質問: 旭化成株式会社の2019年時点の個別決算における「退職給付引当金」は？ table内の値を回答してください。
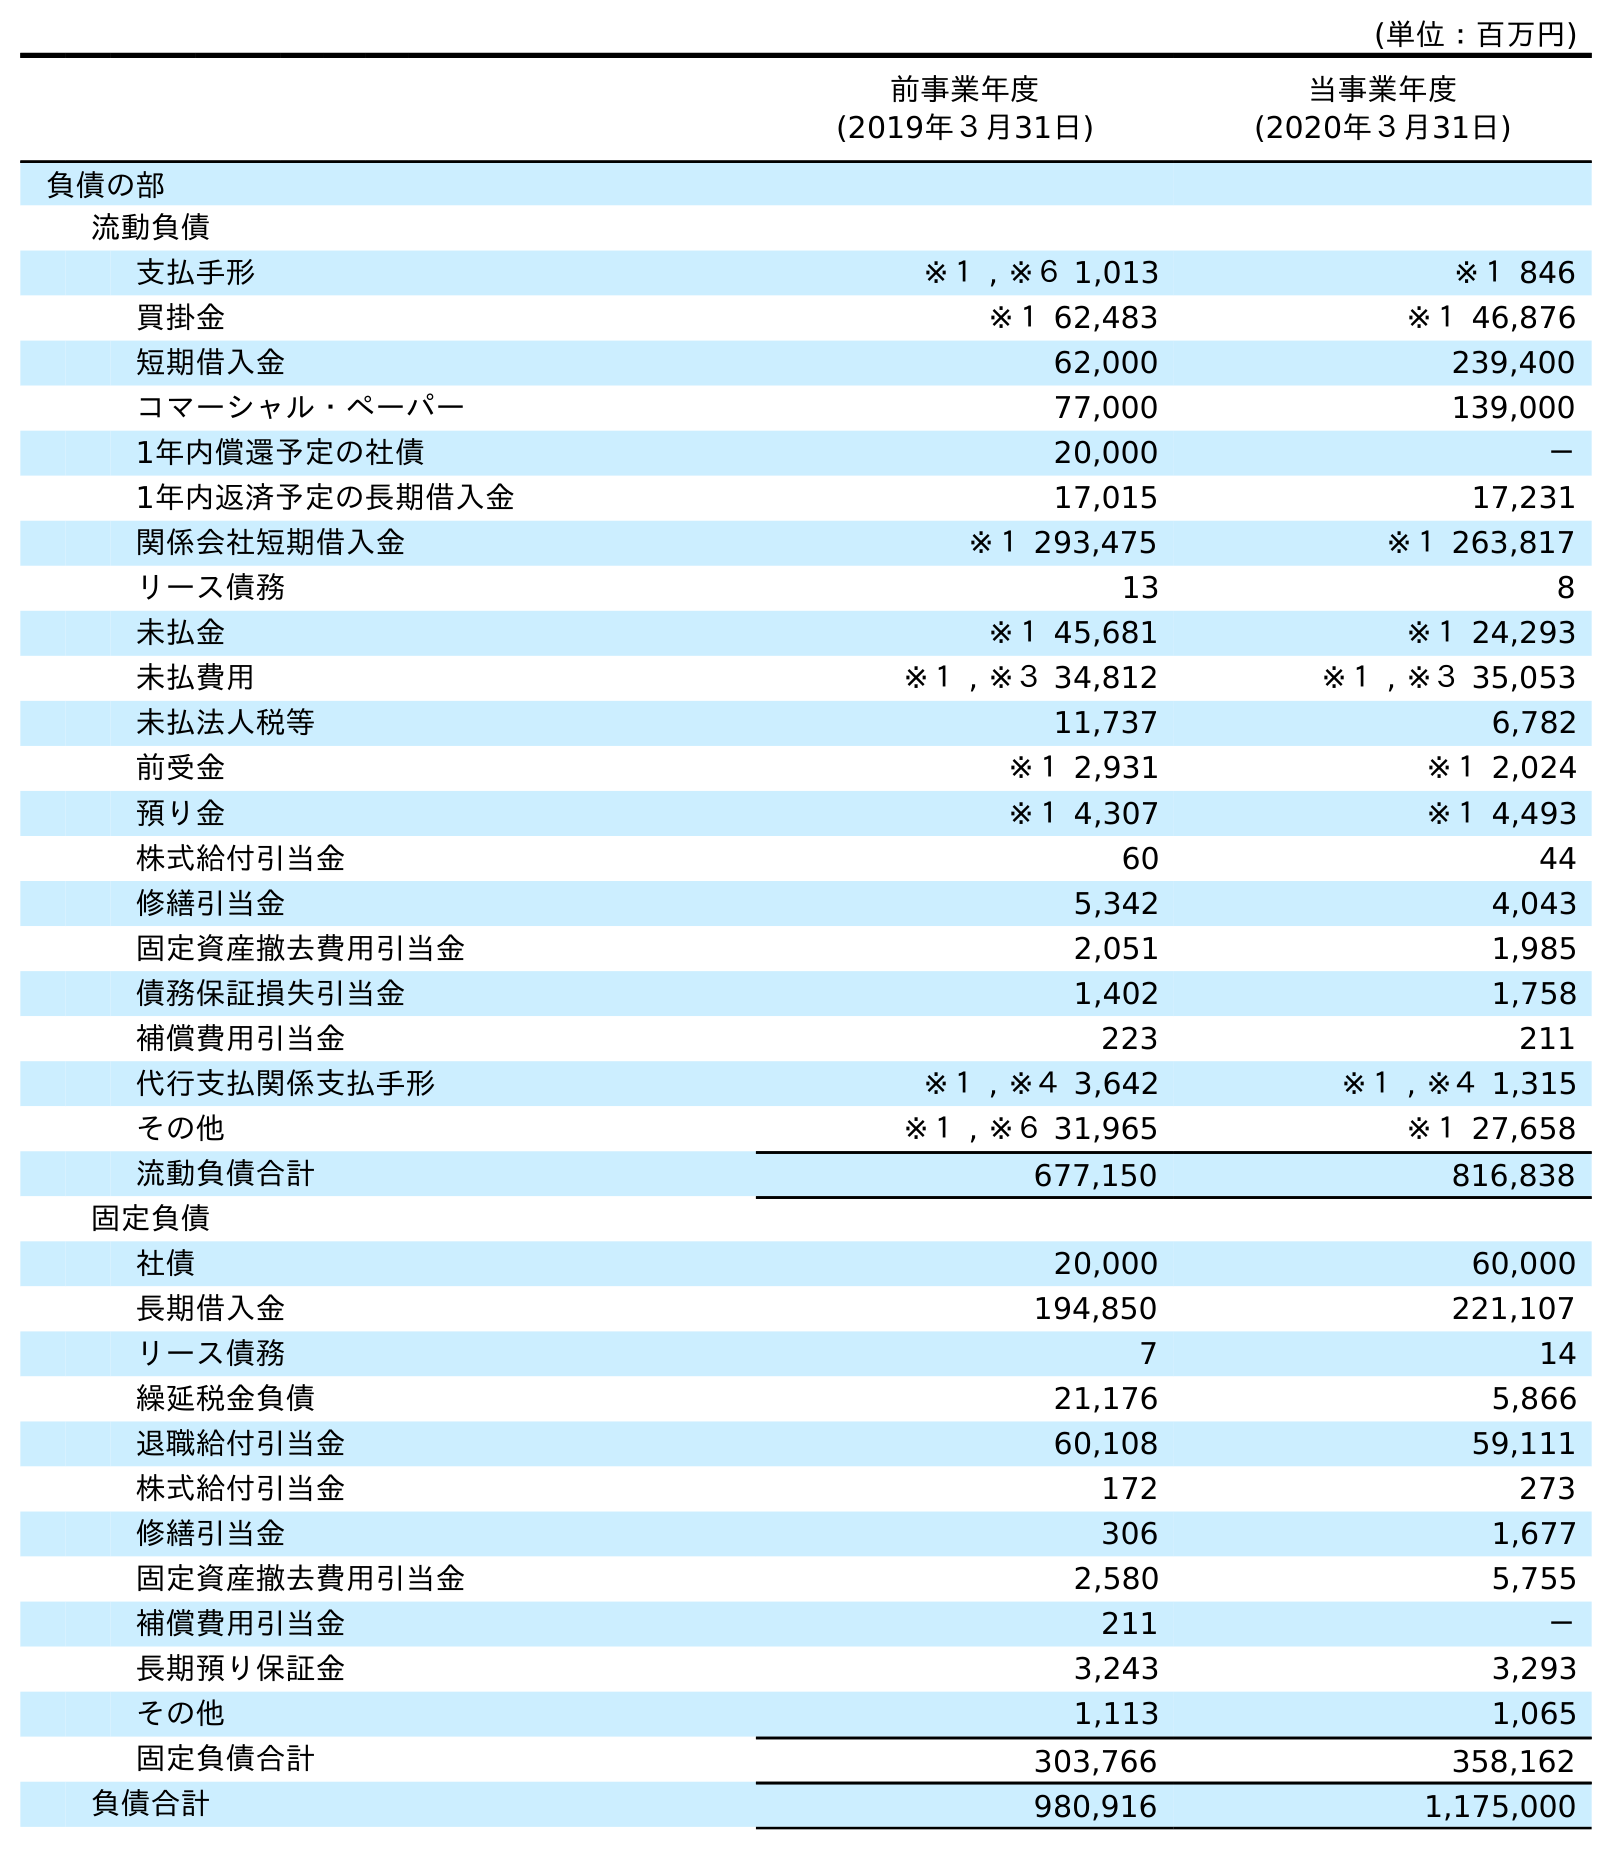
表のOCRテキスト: (単位：百万円) 前事業年度 (2019年３月31日) 当事業年度 (2020年３月31日) 負債の部 流動負債 支払手形 ※１ , ※６ 1,013 ※１ 846 買掛金 ※１ 62,483 ※１ 46,876 短期借入金 62,000 239,400 コマーシャル・ペーパー 77,000 139,000 1年内償還予定の社債 20,000 － 1年内返済予定の長期借入金 17,015 17,231 関係会社短期借入金 ※１ 293,475 ※１ 263,817 リース債務 13 8 未払金 ※１ 45,681 ※１ 24,293 未払費用 ※１ , ※３ 34,812 ※１ , ※３ 35,053 未払法人税等 11,737 6,782 前受金 ※１ 2,931 ※１ 2,024 預り金 ※１ 4,307 ※１ 4,493 株式給付引当金 60 44 修繕引当金 5,342 4,043 固定資産撤去費用引当金 2,051 1,985 債務保証損失引当金 1,402 1,758 補償費用引当金 223 211 代行支払関係支払手形 ※１ , ※４ 3,642 ※１ , ※４ 1,315 その他 ※１ , ※６ 31,965 ※１ 27,658 流動負債合計 677,150 816,838 固定負債 社債 20,000 60,000 長期借入金 194,850 221,107 リース債務 7 14 繰延税金負債 21,176 5,866 退職給付引当金 60,108 59,111 株式給付引当金 172 273 修繕引当金 306 1,677 固定資産撤去費用引当金 2,580 5,755 補償費用引当金 211 － 長期預り保証金 3,243 3,293 その他 1,113 1,065 固定負債合計 303,766 358,162 負債合計 980,916 1,175,000
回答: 60,108